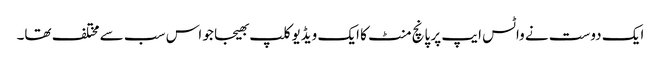
ایک دوست نے واٹس ایپ پر پانچ منٹ کا ایک ویڈیوکلپ بھیجا جو اس سب سے مختلف تھا۔